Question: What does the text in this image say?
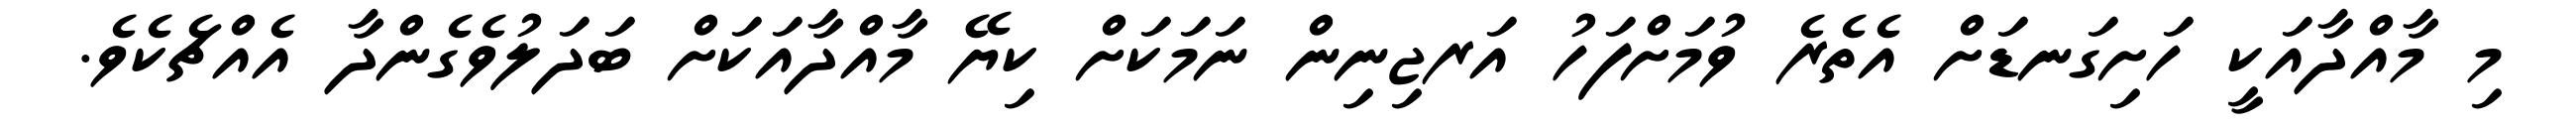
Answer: މި މާއްދާއަކީ ހަށިގަނޑަށް އެތެރެ ވުމަށްފަހު އަރޖިނިން ނަމަކަށް ކިޔޭ މާއްދާއަކަށް ބަދަލުވެގެންދާ އެއްޗެކެވެ.